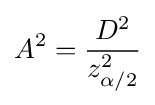
A^{2}={\frac {D^{2}}{z_{\alpha /2}^{2}}}